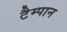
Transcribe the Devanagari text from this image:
टैम्पान